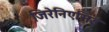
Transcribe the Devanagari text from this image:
जिरेनिएसिई